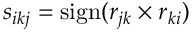
s _ { i k j } = \mathrm { s i g n } ( r _ { j k } \times r _ { k i } )